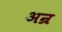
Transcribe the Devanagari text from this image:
अन्र